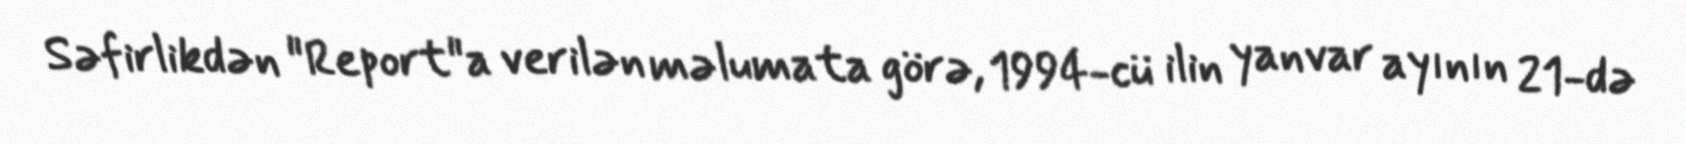
Səfirlikdən "Report"a verilən məlumata görə, 1994-cü ilin yanvar ayının 21-də